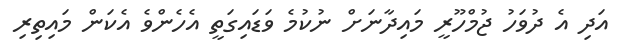
އަދި އެ ދުވަހު ޖުމްހޫރީ މައިދާނަށް ނުކުމެ ވަޑައިގަތީ އެހެންވެ އެކަން މައިތިރި